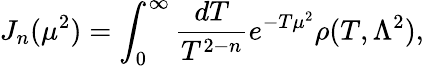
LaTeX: J_{n}(\mu^{2})=\int_{0}^{\infty}\frac{dT}{T^{2-n}}e^{-T\mu^{2}}\rho(T,\Lambda^{2}),